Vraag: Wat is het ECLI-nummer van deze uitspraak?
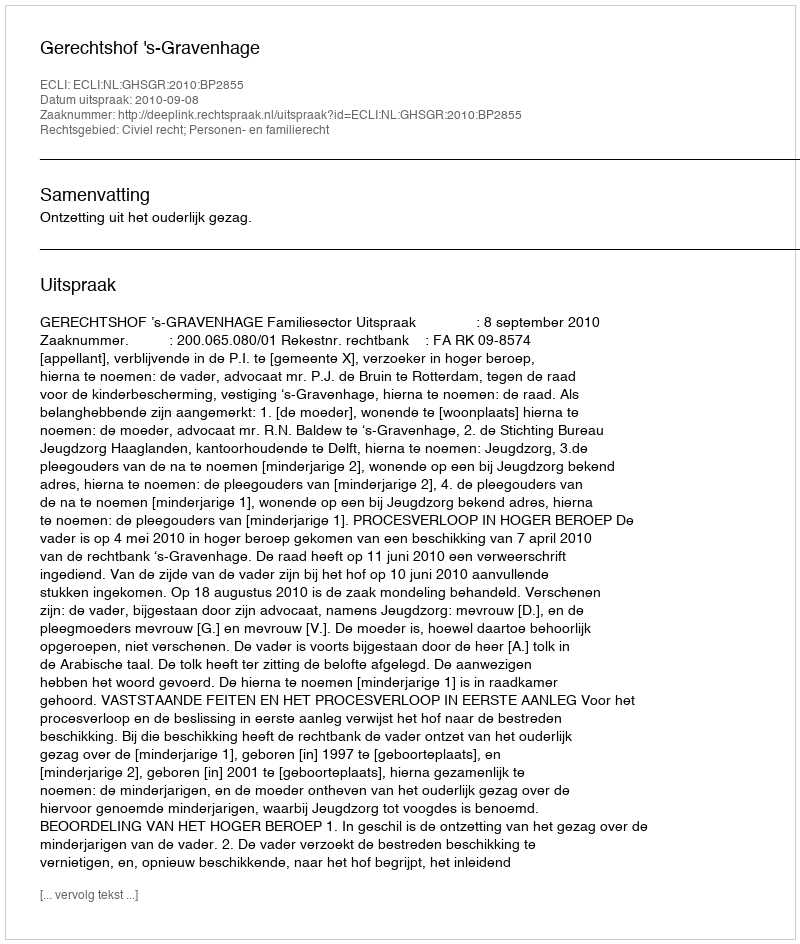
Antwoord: ECLI:NL:GHSGR:2010:BP2855